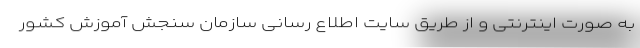
به صورت اینترنتی و از طریق سایت اطلاع رسانی سازمان سنجش آموزش کشور